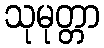
သုမုတ္တာ